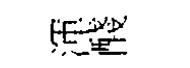
渾醆